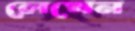
লেখেন